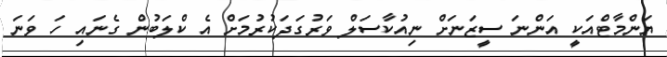
ޔަންމާޓްއަކީ އަންނަ ސީޒަނަށް ނިއުކާސަލް ވަރުގަދަކުރުމަށް އެ ކްލަބުން ގެނައި ހަ ވަނަ